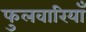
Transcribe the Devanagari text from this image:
फुलवारियाँ